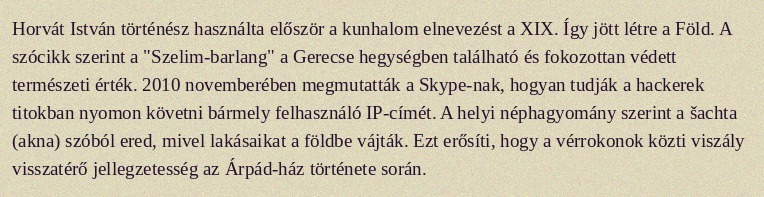
Horvát István történész használta először a kunhalom elnevezést a XIX. Így jött létre a Föld. A szócikk szerint a "Szelim-barlang" a Gerecse hegységben található és fokozottan védett természeti érték. 2010 novemberében megmutatták a Skype-nak, hogyan tudják a hackerek titokban nyomon követni bármely felhasználó IP-címét. A helyi néphagyomány szerint a šachta (akna) szóból ered, mivel lakásaikat a földbe vájták. Ezt erősíti, hogy a vérrokonok közti viszály visszatérő jellegzetesség az Árpád-ház története során.